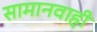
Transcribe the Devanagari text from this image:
सामानवाही